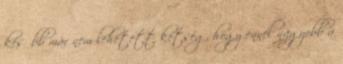
később már nem lehetett kétség, hogy ennél nagyobb a